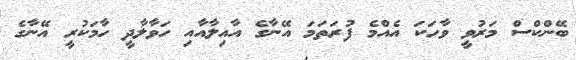
ބޭންކްސް މަރުވީ ވާހަކަ އެއްމެ ފުރަތަމަ އޭނާގެ އާއިލާއާއި ހަވާލާދީ ހާމަކުރީ އޭނާގެ